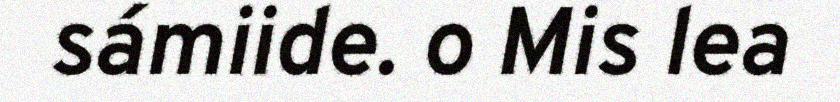
sámiide. o Mis lea